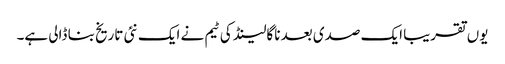
یوں تقریبا ایک صدی بعد ناگالینڈ کی ٹیم نے ایک نئی تاریخ بنا ڈالی ہے۔